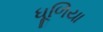
ધૂળિયા